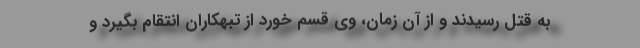
به قتل رسیدند و از آن زمان، وی قسم خورد از تبهکاران انتقام بگیرد و